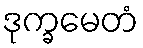
ဒုက္ခမေတံ